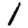
Digit: 1